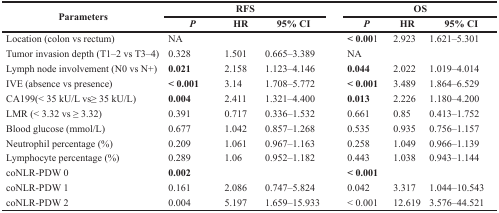
<table><thead><tr><td rowspan="2"><b>Parameters</b></td><td colspan="3"><b>RFS</b></td><td colspan="3"><b>OS</b></td></tr><tr><td><b><i>P</i></b></td><td><b>HR</b></td><td><b>95% CI</b></td><td><b><i>P</i></b></td><td><b>HR</b></td><td><b>95% CI</b></td></tr></thead><tbody><tr><td>Location (colon vs rectum)</td><td>NA</td><td>[EMPTY_CELL]</td><td>[EMPTY_CELL]</td><td><b>&lt; 0.00</b>1</td><td>2.923</td><td>1.621–5.301</td></tr><tr><td>Tumor invasion depth (T1–2 vs T3–4)</td><td>0.328</td><td>1.501</td><td>0.665–3.389</td><td>NA</td><td>[EMPTY_CELL]</td><td>[EMPTY_CELL]</td></tr><tr><td>Lymph node involvement (N0 vs N+)</td><td><b>0.021</b></td><td>2.158</td><td>1.123–4.146</td><td><b>0.044</b></td><td>2.022</td><td>1.019–4.014</td></tr><tr><td>IVE (absence vs presence)</td><td><b>&lt; 0.001</b></td><td>3.14</td><td>1.708–5.772</td><td><b>&lt; 0.001</b></td><td>3.489</td><td>1.864–6.529</td></tr><tr><td>CA199(&lt; 35 kU/L vs≥ 35 kU/L)</td><td><b>0.004</b></td><td>2.411</td><td>1.321–4.400</td><td><b>0.013</b></td><td>2.226</td><td>1.180–4.200</td></tr><tr><td>LMR (&lt; 3.32 vs ≥ 3.32)</td><td>0.391</td><td>0.717</td><td>0.336–1.532</td><td>0.661</td><td>0.85</td><td>0.413–1.752</td></tr><tr><td>Blood glucose (mmol/L)</td><td>0.677</td><td>1.042</td><td>0.857–1.268</td><td>0.535</td><td>0.935</td><td>0.756–1.157</td></tr><tr><td>Neutrophil percentage (%)</td><td>0.209</td><td>1.061</td><td>0.967–1.163</td><td>0.258</td><td>1.049</td><td>0.966–1.139</td></tr><tr><td>Lymphocyte percentage (%)</td><td>0.289</td><td>1.06</td><td>0.952–1.182</td><td>0.443</td><td>1.038</td><td>0.943–1.144</td></tr><tr><td>coNLR-PDW 0</td><td><b>0.002</b></td><td>[EMPTY_CELL]</td><td>[EMPTY_CELL]</td><td><b>&lt; 0.001</b></td><td>[EMPTY_CELL]</td><td>[EMPTY_CELL]</td></tr><tr><td>coNLR-PDW 1</td><td>0.161</td><td>2.086</td><td>0.747–5.824</td><td>0.042</td><td>3.317</td><td>1.044–10.543</td></tr><tr><td>coNLR-PDW 2</td><td>0.004</td><td>5.197</td><td>1.659–15.933</td><td>&lt; 0.001</td><td>12.619</td><td>3.576–44.521</td></tr></tbody></table>